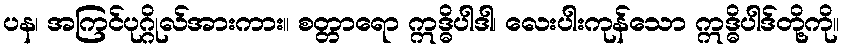
ပန၊ အကြင်ပုဂ္ဂိုလ်အားကား။ စတ္တာရော ဣဒ္ဓိပါဒါ၊ လေးပါးကုန်သော ဣဒ္ဓိပါဒ်တို့ကို။